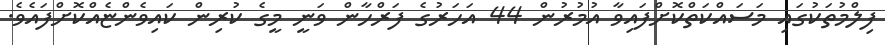
ފިލްމުތަކުގައި މަސައްކަތްކޮށްފައިވާ އުމުރުން 44 އަހަރުގެ ފަރްހާން ވަނީ މީގެ ކުރިން ކައިވެންޏެއްކޮށްފައެވެ.